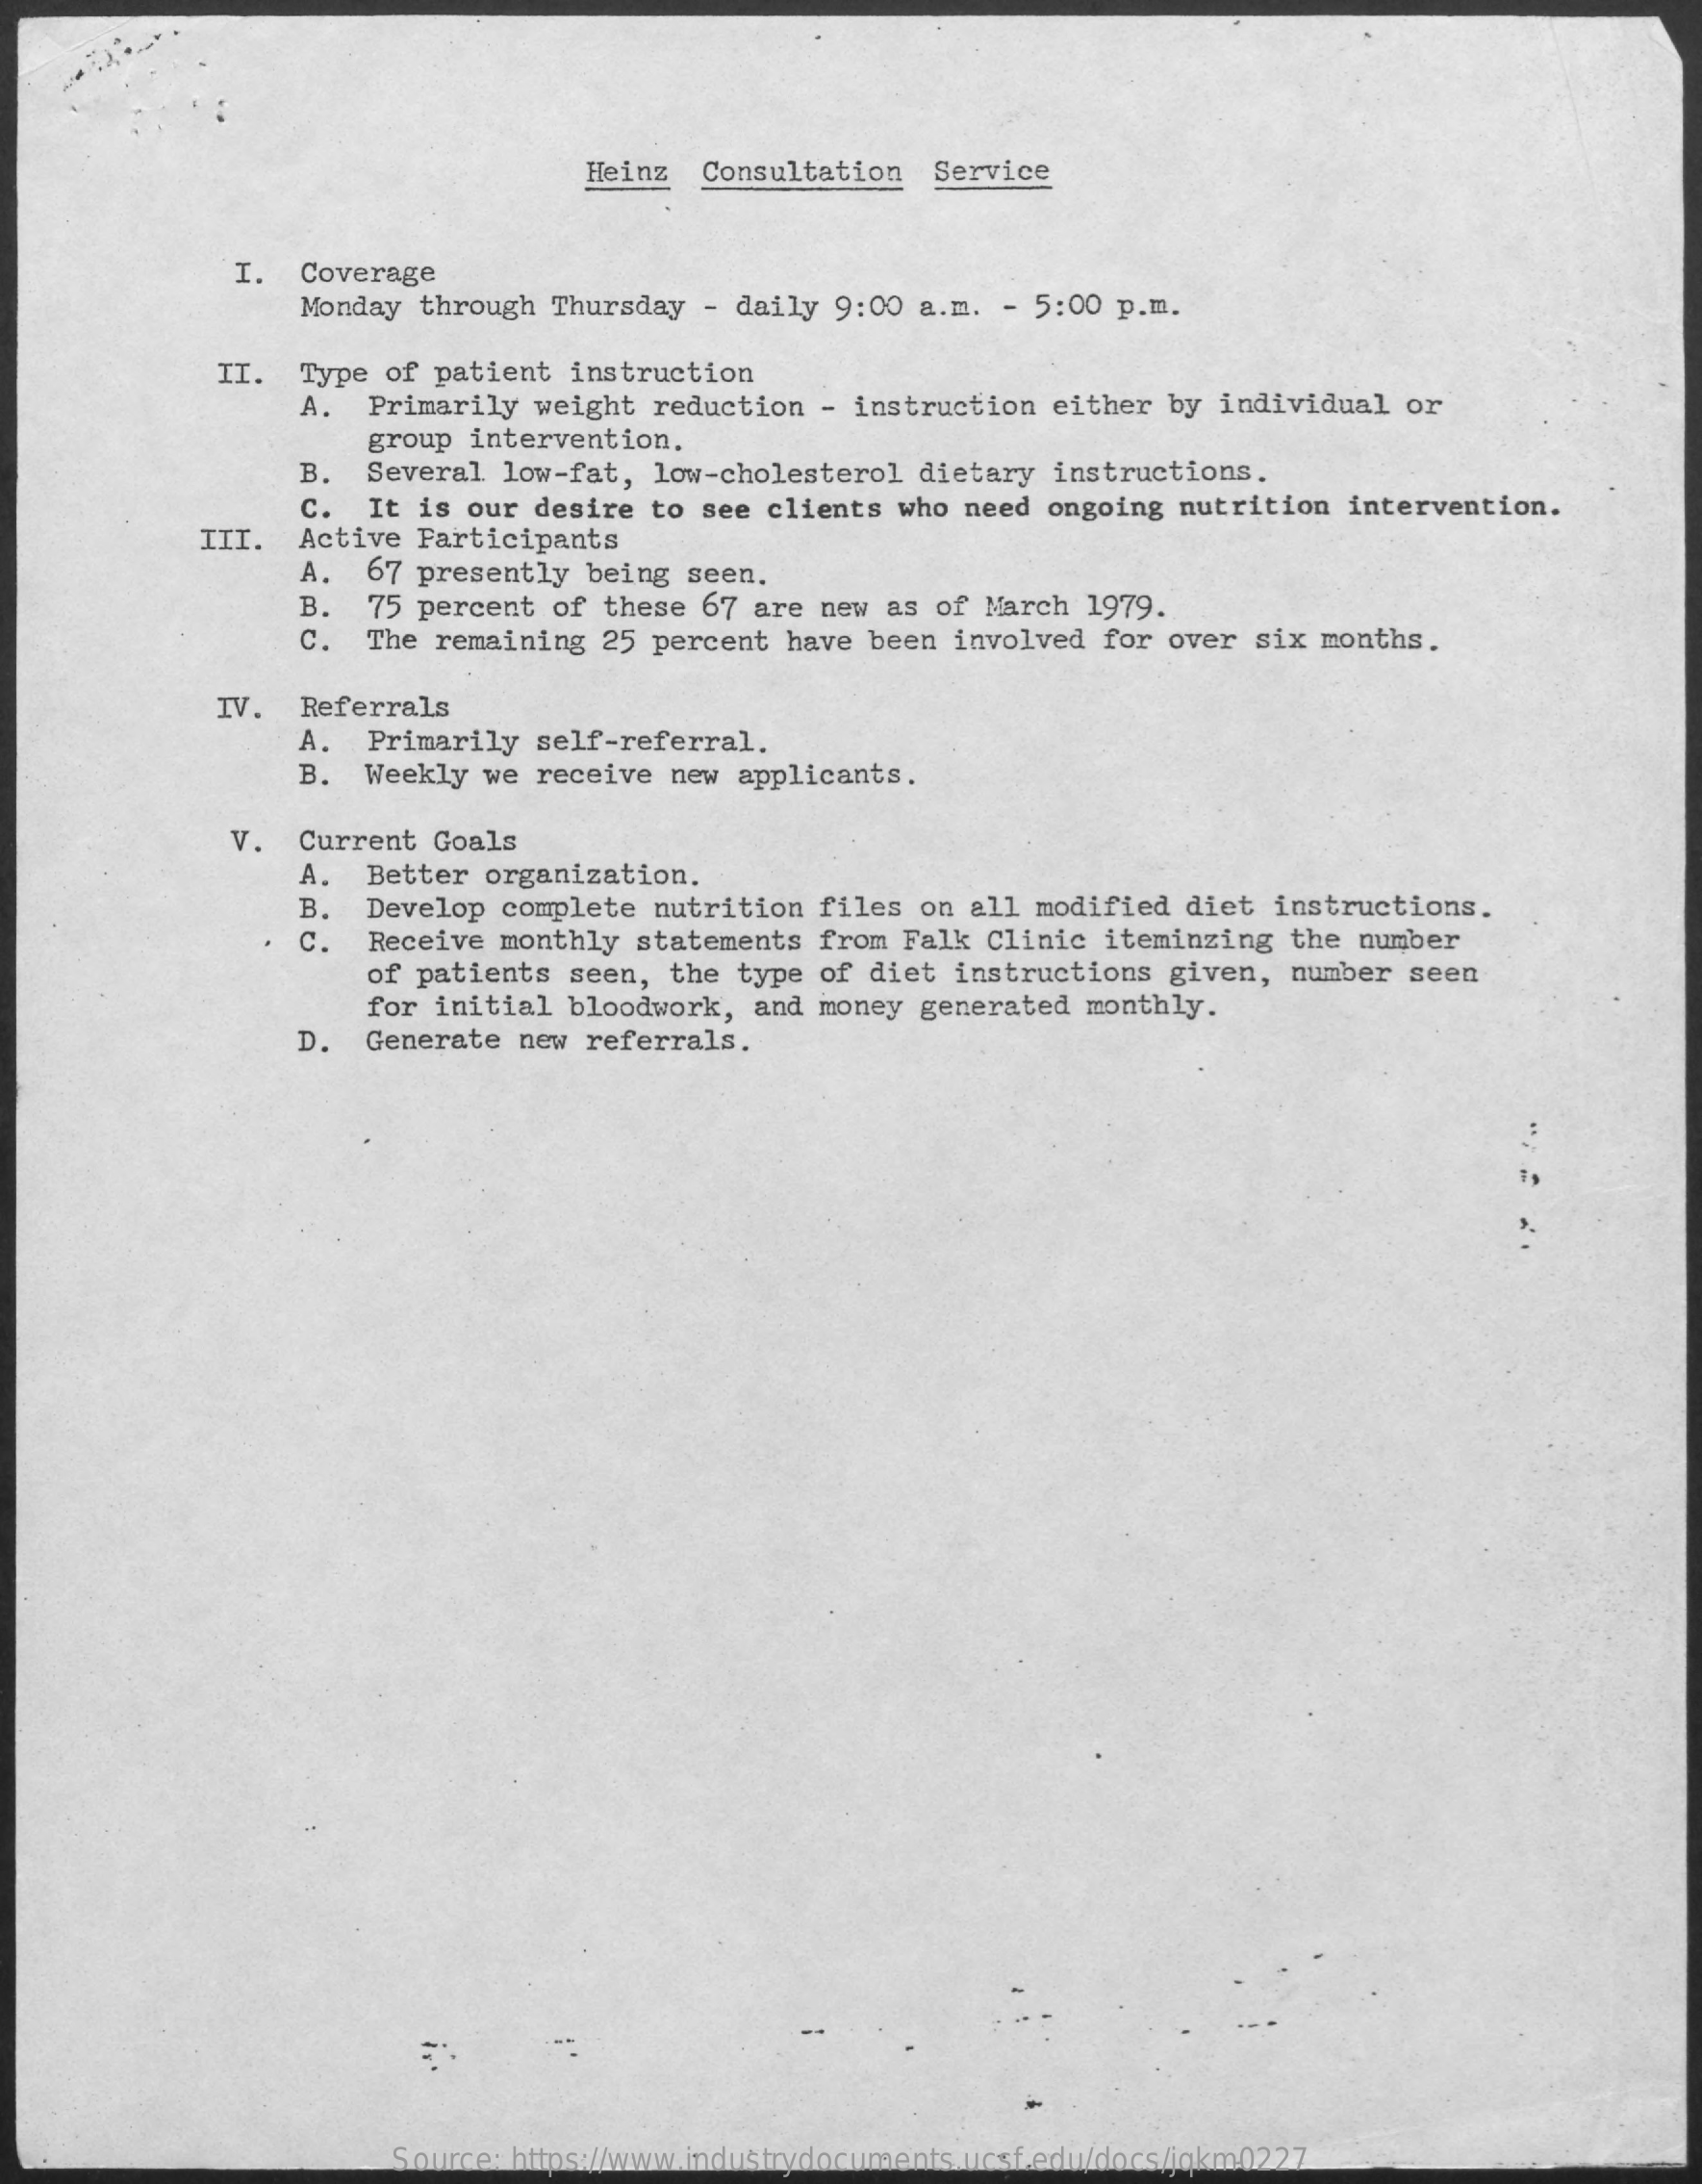
Heinz Consultation Service
     I. Coverage
     Monday through Thursday - daily 9:00 a.m. - 5:00 p.m.
     II. Type of patient instruction
     A.  Primarily weight reduction - instruction either by individual or
     group intervention.
     B.  Several low-fat, low-cholesterol dietary instructions.
     C.  It is our desire to see clients who need ongoing nutrition intervention.
     III. Active Participants
     A.  67 presently being seen.
     B.
     C.
     75 percent of these 67 are new as of March 1979.
     The remaining 25 percent have been involved for over six months.
     IV. Referrals
     A.  Primarily self-referral.
     B. Weekly we receive new applicants.
     V. Current Goals
     A.
     B.
     Better organization.
     c.
     Develop complete nutrition files on all modified diet instructions.
     Receive monthly statements from Falk Clinic iteminzing the number
     of patients seen, the type of diet instructions given, number seen
     for initial bloodwork, and money generated monthly.
     D. Generate new referrals.
     Source: https://www.industrydocuments.ucsf.edu/docs/jqkm0227